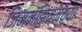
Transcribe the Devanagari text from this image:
जिमनॅझियमच्या